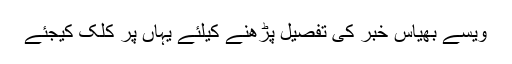
ویسے بھیاس خبر کی تفصیل پڑھنے کیلئے یہاں پر کلک کیجئے